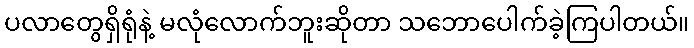
ပလာတွေရှိရုံနဲ့ မလုံလောက်ဘူးဆိုတာ သဘောပေါက်ခဲ့ကြပါတယ်။